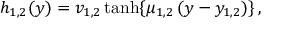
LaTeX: h _ { 1 , 2 } ( y ) = v _ { 1 , 2 } \operatorname { t a n h } \{ \mu _ { 1 , 2 } \, ( y - y _ { 1 , 2 } ) \} \, ,